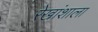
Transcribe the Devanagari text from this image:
रेखांशाला